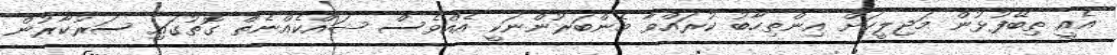
އެއީ ތިބޭފުޅުން މަޖިލީހަށް އިންތިހާބު ކުރައްވާ މެންބަރުންނަކީ އެއްވެސް ޝައްކެއްނެތް ގޮތުގައި ސަރުކާރުން